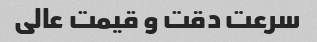
سرعت دقت و قیمت عالی